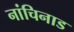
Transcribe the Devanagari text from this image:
नांचिनाड